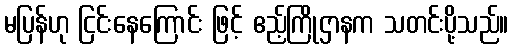
မပြန်ဟု ငြင်းနေကြောင်း ဖြင့် ဧည့်ကြိုဌာနက သတင်းပို့သည်။